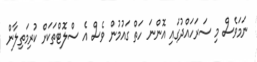
ނަމަވެސް މި ސަރަހައްދުގައި އޮންނަ ހަތް ގައުމުން ވެސް އެ ސްލޮޓްތަކަށް ކުރިމަތިލާން